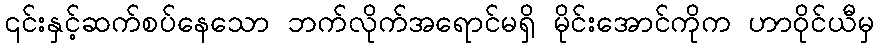
၎င်းနှင့်ဆက်စပ်နေသော ဘက်လိုက်အရောင်မရှိ မိုင်းအောင်ကိုက ဟာဝိုင်ယီမှ